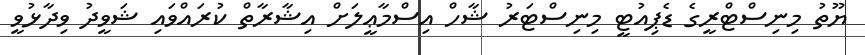
ޔޫތު މިނިސްޓްރީގެ ޑެޕިއުޓީ މިނިސްޓަރު ޝާހް އިސްމާޢީލަށް އިޝާރާތް ކުރައްވައި ޝަވީދު ވިދާޅުވީ